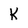
Character: k